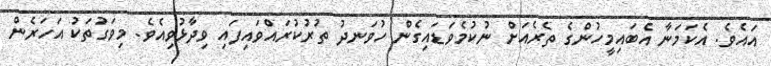
އައެވެ. އެކަމަނާ އެބައިމީހުންގެ ތެރެއަށް ނުކުމެވަޑައިގެން ހުވަނދު ތުރުކުރައްވައިފައި ވިދާޅުވިއެވެ. މިވަގުތަކު އަހަރެން